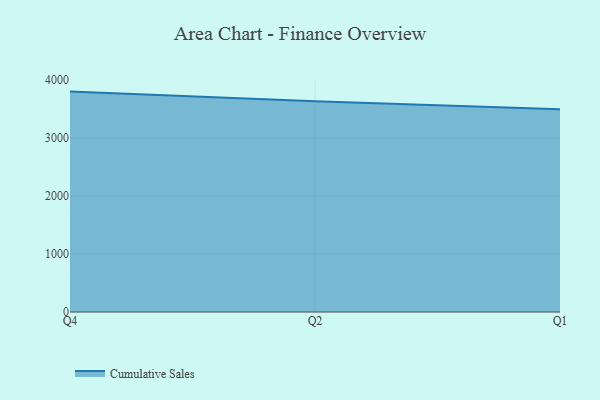
{"axis": {"x": "Quarter", "y": "Operating Costs (USD K)"}, "legend": ["Cumulative Sales"], "data": [{"x": "Q4", "y": 3802.6, "type": "Cumulative Sales"}, {"x": "Q2", "y": 3638.1, "type": "Cumulative Sales"}, {"x": "Q1", "y": 3498.5, "type": "Cumulative Sales"}]}